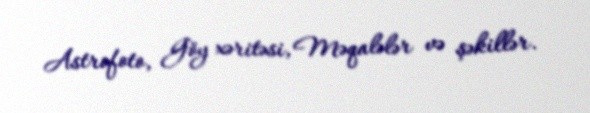
Astrofoto, Göy xəritəsi, Məqalələr və şəkillər.